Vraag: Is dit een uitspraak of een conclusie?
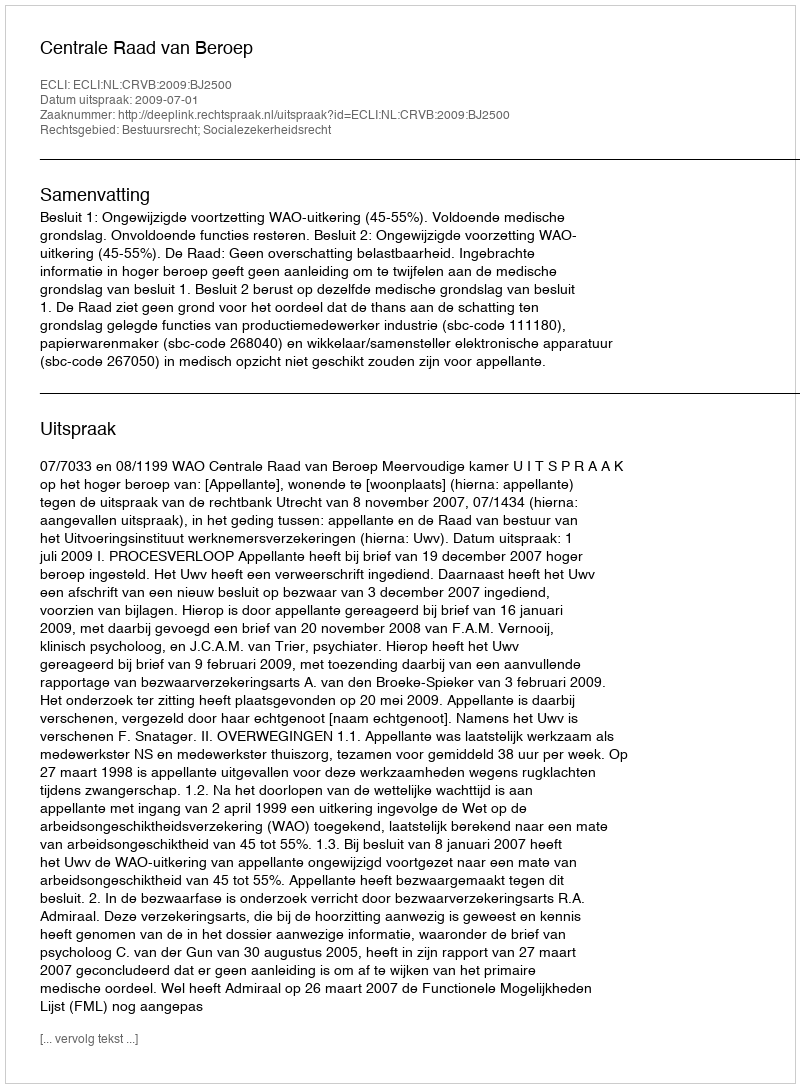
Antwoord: Uitspraak